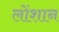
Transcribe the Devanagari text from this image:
लोंशान